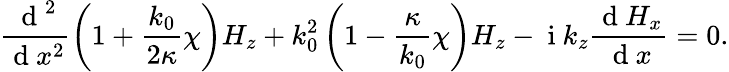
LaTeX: \frac{\mathrm{~d~}^{2}}{\mathrm{~d~}x^{2}}\left(1+\frac{k_{0}}{2\kappa}\chi\right)H_{z}+k_{0}^{2}\left(1-\frac{\kappa}{k_{0}}\chi\right)H_{z}-\mathrm{~i~}k_{z}\frac{\mathrm{~d~}H_{x}}{\mathrm{~d~}x}=0.